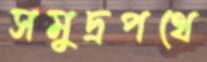
সমুদ্রপথে